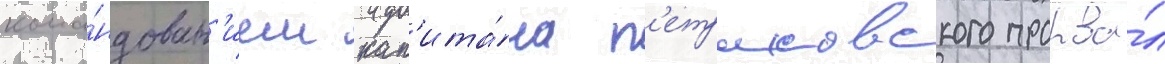
кома́ндован'ием кап'ита́на п'етраковского прорва́л